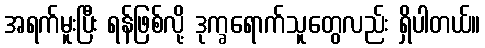
အရက်မူးပြီး ရန်ဖြစ်လို့ ဒုက္ခရောက်သူတွေလည်း ရှိပါတယ်။